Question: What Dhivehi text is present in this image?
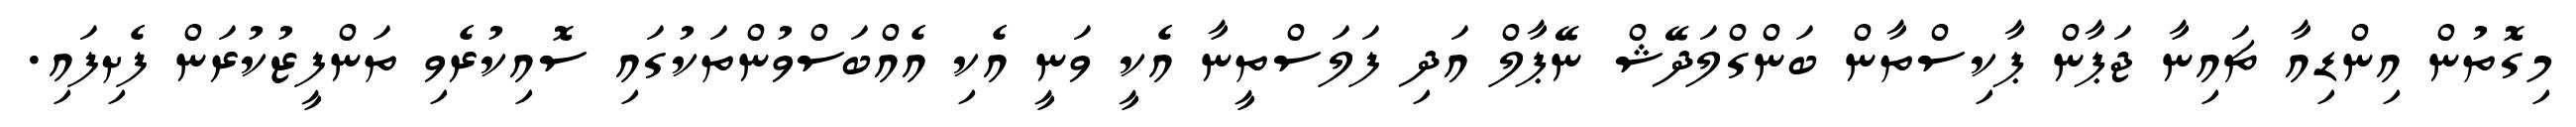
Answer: މިގޮތުން އިންޑިއާ ޗައިނާ ޖަޕާން ޕާކިސްތާން ބަންގްލަދޭޝް ނޭޕާލް އަދި ފަލަސްތީނާ އެކީ ވަނީ އެކި އެއްބަސްވުންތަކުގައި ސޮއިކުރެވި ތަންފީޒުކުރަން ފެށިފައި.